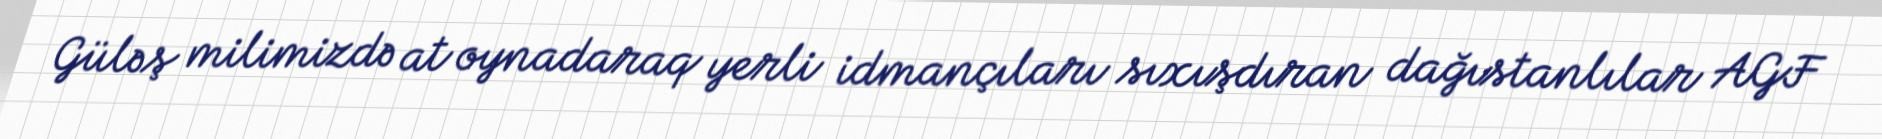
Güləş milimizdə at oynadaraq yerli idmançıları sıxışdıran dağıstanlılar AGF